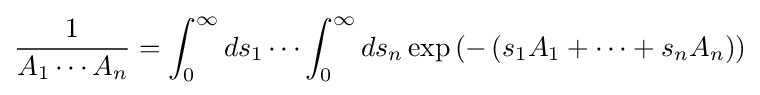
{\frac {1}{A_{1}\cdots A_{n}}}=\int _{0}^{\infty }ds_{1}\cdots \int _{0}^{\infty }ds_{n}\exp \left(-\left(s_{1}A_{1}+\cdots +s_{n}A_{n}\right)\right)